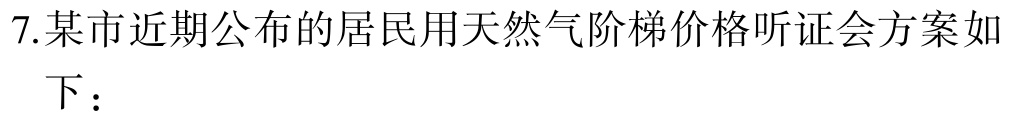
7.某市近期公布的居民用天然气阶梯价格听证会方案如下：